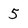
Character: 5